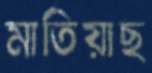
মাতিয়াছ